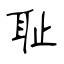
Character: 耻